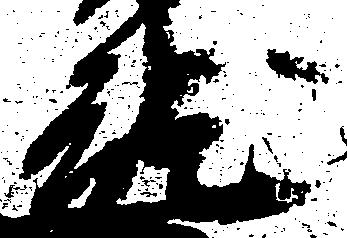
就